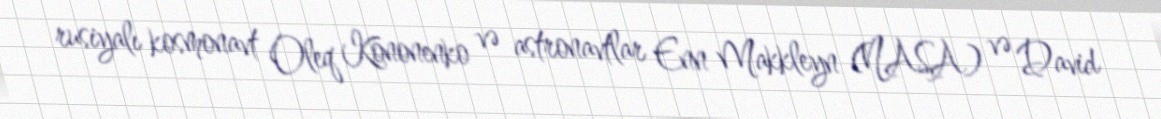
rusiyalı kosmonavt Oleq Kononenko və astronavtlar Enn Makkleyn (NASA) və David